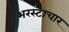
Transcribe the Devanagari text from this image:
भरस्टाचार